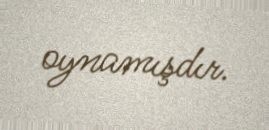
oynamışdır.